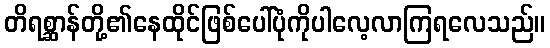
တိရစ္ဆာန်တို့၏နေထိုင်ဖြစ်ပေါ်ပုံကိုပါလေ့လာကြရလေသည်။